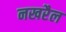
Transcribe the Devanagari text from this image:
नखरैल